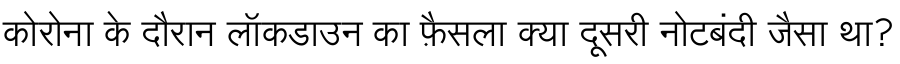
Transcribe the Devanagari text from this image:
कोरोना के दौरान लॉकडाउन का फ़ैसला क्या दूसरी नोटबंदी जैसा था?